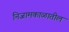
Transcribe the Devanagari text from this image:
निजामकाळातील